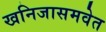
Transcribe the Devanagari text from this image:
खनिजासमवेत